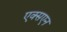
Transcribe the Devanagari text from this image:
एक्सएन